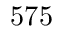
5 7 5